Statistics compiled by the Government of India from the reports of provincial Civil Veterinary Departments
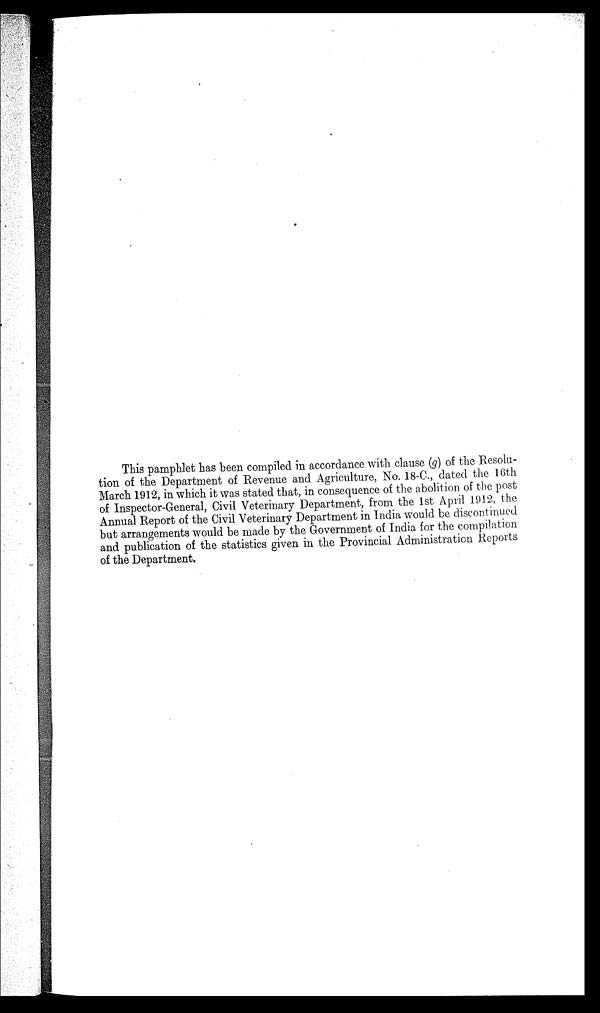
This pamphlet has been compiled in accordance with clause (g) of the Resolu-
tion of the Department of Revenue and Agriculture, No. 18-C., dated the 16th
March 1912, in which it was stated that, in consequence of the abolition of the post
of Inspector-General, Civil Veterinary Department, from the 1st April 1912, the
Annual Report of the Civil Veterinary Department in India would be discontinued
but arrangements would be made by the Government of India for the compilation
and publication of the statistics given in the Provincial Administration Reports
of the Department.